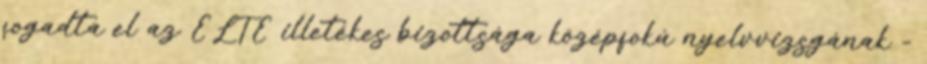
fogadta el az ELTE illetékes bizottsága középfokú nyelvvizsgának -